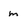
Character: m